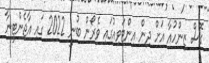
ގޮސް ޒިންހުއާ އަށް ދިން އިންޓަވިއުގައި ވެރޯން ބުނީ 2022 ގައި އާޖެންޓީނާ